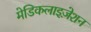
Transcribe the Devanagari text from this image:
मेडिकलाइज़ेशन